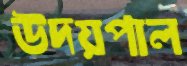
উদয়পাল